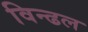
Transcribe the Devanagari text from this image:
विन्ढल